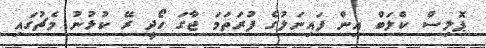
ޕޮލިސް ކްލަބް އިން ފައިނަލުގެ ފުރަތަމަ ޖާގަ ހޯދީ ރޭ ކުޅުނު މެޗުގައި